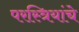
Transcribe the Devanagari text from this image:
परस्त्रियांचे